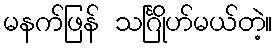
မနက်ဖြန် သင်္ဂြိုဟ်မယ်တဲ့။